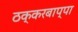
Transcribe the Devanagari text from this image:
ठक्करबाप्पा